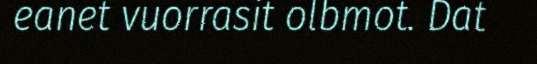
eanet vuorrasit olbmot. Dat